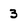
Character: 3